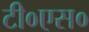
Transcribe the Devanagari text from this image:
टी०एस०